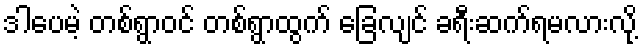
ဒါပေမဲ့ တစ်ရွာဝင် တစ်ရွာထွက် ခြေလျင် ခရီးဆက်ရမလားလို့